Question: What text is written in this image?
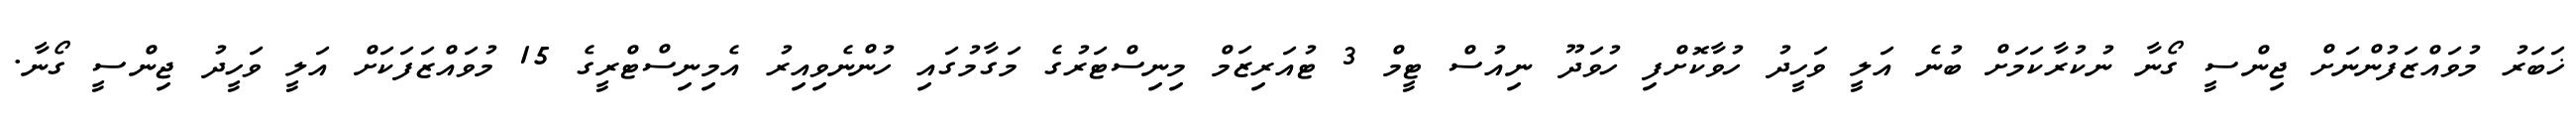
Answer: ޚަބަރު މުވައްޒަފުންނަށް ޖިންސީ ގޯނާ ނުކުރާކަމަށް ބުނެ އަލީ ވަހީދު ހުވާކޮށްފި ހުވަދޫ ނިއުސް ޓީމް 3 ޓުއަރިޒަމް މިނިސްޓަރުގެ މަގާމުގައި ހުންނެވިއިރު އެމިނިސްޓްރީގެ 15 މުވައްޒަފަކަށް އަލީ ވަހީދު ޖިންސީ ގޯނާ.